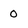
Character: 0